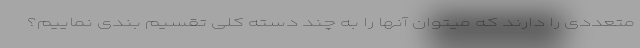
متعددی را دارند که میتوان آنها را به چند دسته کلی تقسیم بندی نماییم؟